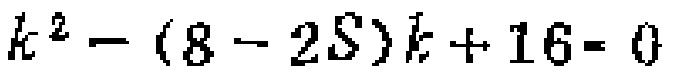
\(k^{2}-(8 - 2S)k + 16 = 0\)